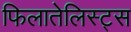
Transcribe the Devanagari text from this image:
फिलातेलिस्ट्स